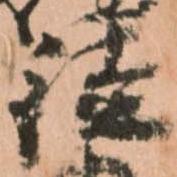
従